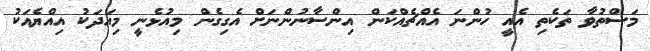
މަސްތުވާ ތަކެތި އެއީ ހުންނަ އެއްޗެއްކަން އިންސާނުންނަށް އެގިގެން މިއުޅެނީ މިއަދަކު އިއްޔެއަކު